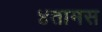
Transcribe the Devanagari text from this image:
४तामस